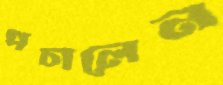
পচালেন